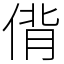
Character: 偝